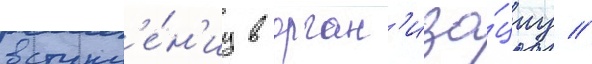
вступл'е́н'иу в орган'иза́циу //